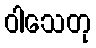
ဝါသေတု